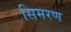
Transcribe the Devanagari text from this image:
सिमरण